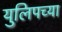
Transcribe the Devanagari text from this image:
युलिपच्या